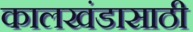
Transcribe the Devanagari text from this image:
कालखंडासाठी